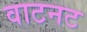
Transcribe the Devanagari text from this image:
वाटनट